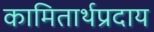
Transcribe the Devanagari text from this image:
कामितार्थप्रदाय